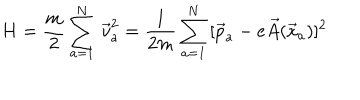
H = \frac { m } { 2 } \sum _ { a = 1 } ^ { N } \, \vec { v } _ { a } ^ { 2 } = \frac { 1 } { 2 m } \sum _ { a = 1 } ^ { N } \, [ \vec { p } _ { a } - e \vec { A } ( \vec { x } _ { a } ) ] ^ { 2 }